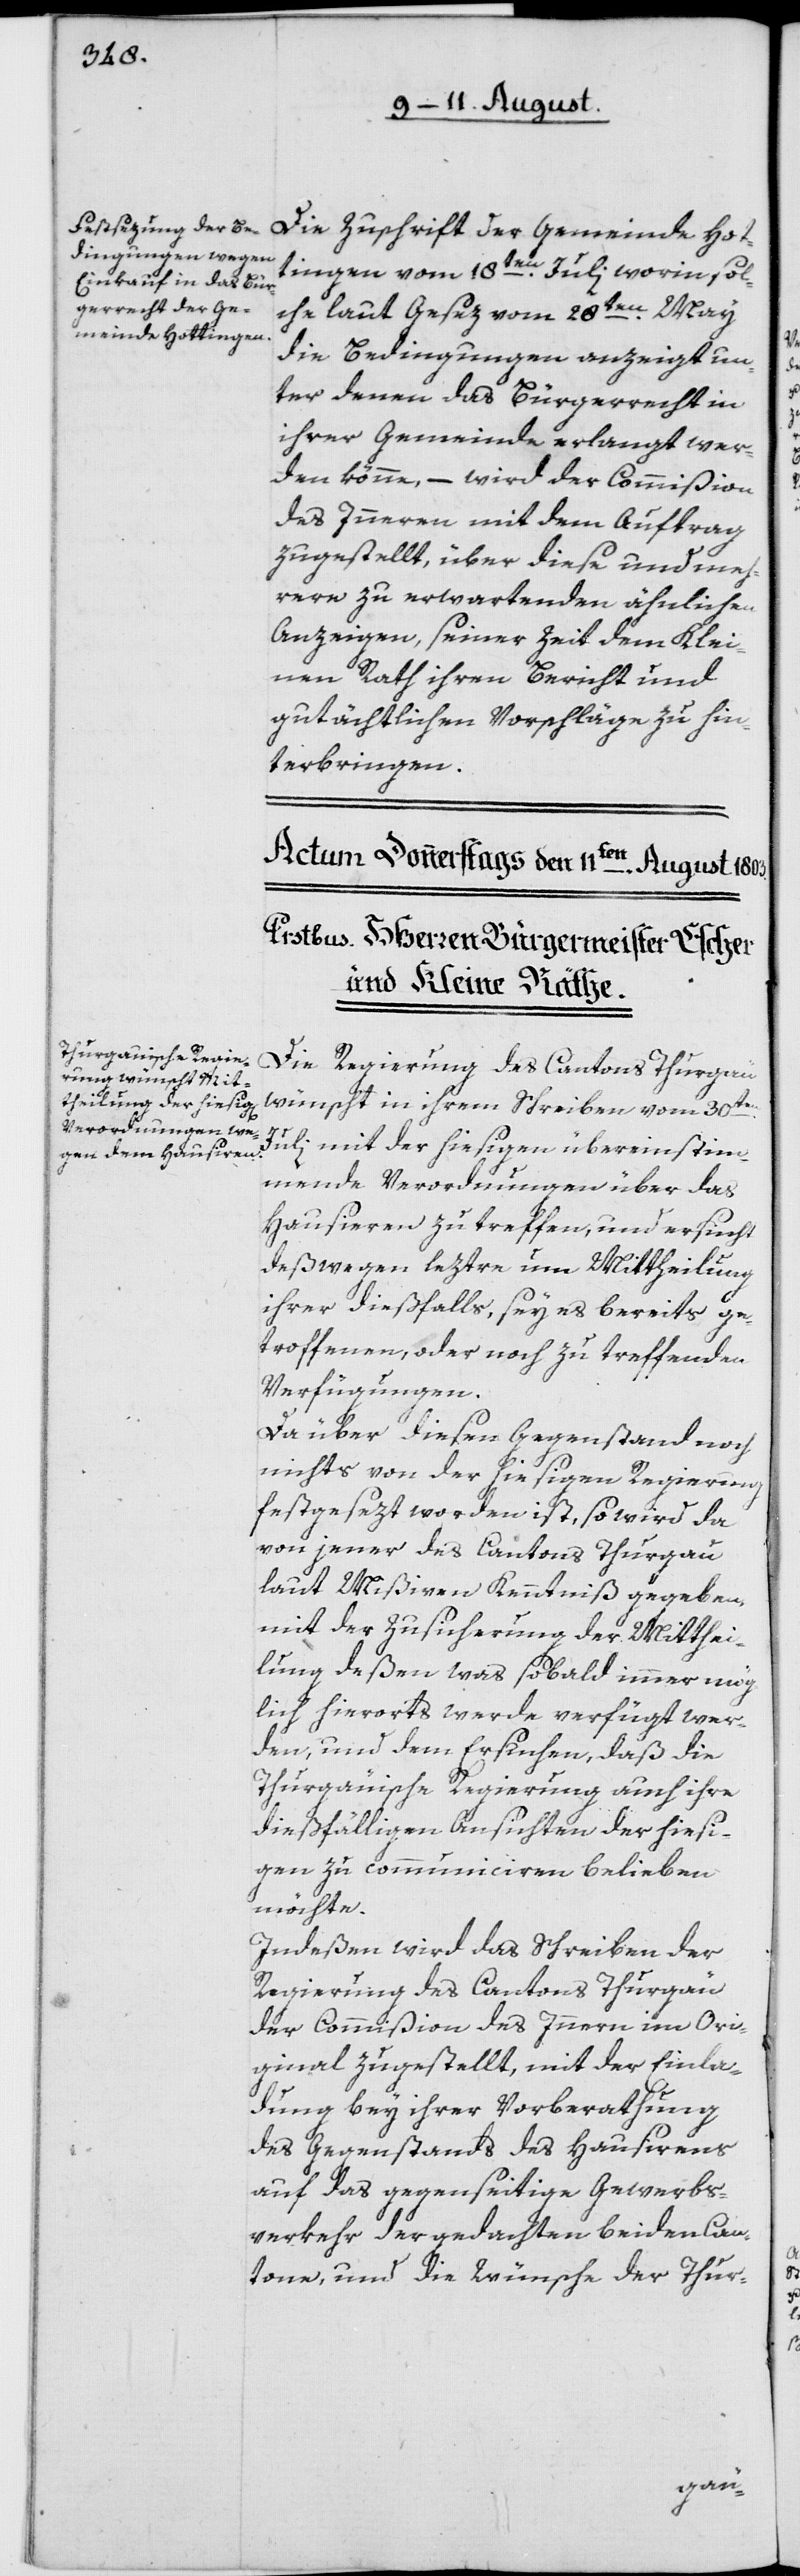
Die Zuschrift der Gemeinde Hot¬
tingen vom 18ten Juli worin sol¬
che laut Gesez vom 28ten May
die Bedingungen anzeigt un¬
ter denen das Bürgerrecht in
ihrer Gemeinde erlangt wer¬
den könne, – wird der Commißion
des Inneren mit dem Auftrag
zugestellt, über diese und meh¬
rere zu erwartenden ähnlichen
Anzeigen, seiner Zeit dem Klei¬
nen Rath ihren Bericht und
gutächtlichen Vorschläge zu hin¬
terbringen.
Die Regierung des Cantons Thurgäu
wünscht in ihrem Schreiben vom 30ten
Juli mit der hiesigen übereinstim¬
mende Verordnungen über das
Hausieren zu treffen, und ersucht
deßwegen leztere um Mittheilung
ihrer dießfalls, sey es bereits ge¬
troffenen, oder noch zu treffenden
Verfügungen.
Da über diesen Gegenstand noch
nichts von der hiesigen Regierung
festgesezt worden ist, so wird da
von jener des Cantons Thurgau
laut Mißiven Kenntniß gegeben,
mit der Zusicherung der Mitthei¬
lung deßen was sobald immer mög¬
lich hierorts werde verfügt wer¬
den, und dem Ersuchen, daß die
Thurgäuische Regierung auch ihre
dießfälligen Ansichten der hiesi¬
gen zu communiciren belieben
möchte.
Indeßen wird das Schreiben der
Regierung des Cantons Thurgäu
der Commißion des Innern im Ori¬
ginal zugestellt, mit der Einla¬
dung bey ihrer Vorberathung
des Gegenstands des Hausirens
auf das gegenseitige Gewerbs¬
verkehr der gedachten beiden Can¬
tone, und die Wünsche der Thur-